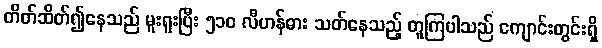
တိတ်ဆိတ်၍နေသည် မူးရူးပြီး ၅၁၀ လီဟန်ဓား သတ်နေသည့် တူကြပါသည် ကျောင်းတွင်းရှိ